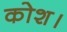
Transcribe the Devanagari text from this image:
कोश।